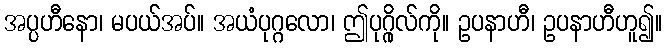
အပ္ပဟီနော၊ မပယ်အပ်။ အယံပုဂ္ဂလော၊ ဤပုဂ္ဂိုလ်ကို။ ဥပနာဟီ၊ ဥပနာဟီဟူ၍။